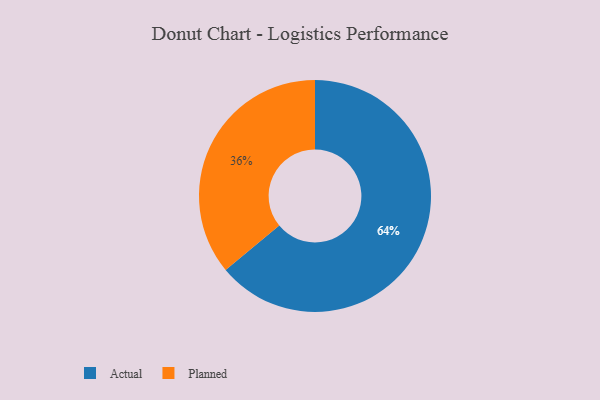
{"axis": {"x": "Category", "y": "Percentage"}, "legend": ["Actual", "Planned"], "data": [{"x": "Actual", "y": 64, "type": "Actual"}, {"x": "Planned", "y": 36, "type": "Planned"}]}